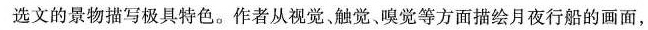
选文的景物描写极具特色。作者从视觉、触觉嗅觉等方面描绘月夜行船的画面，